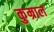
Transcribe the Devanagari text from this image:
कुम्राल